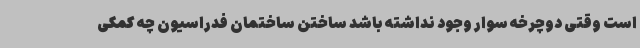
است وقتی دوچرخه سوار وجود نداشته باشد ساختن ساختمان فدراسیون چه کمکی